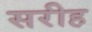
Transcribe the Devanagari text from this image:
सरीह